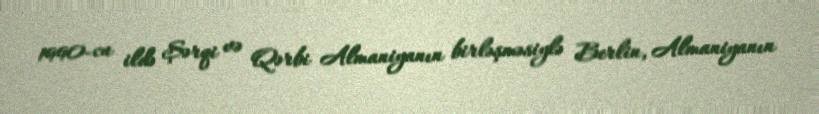
1990-cu ildə Şərqi və Qərbi Almaniyanın birləşməsiylə Berlin, Almaniyanın